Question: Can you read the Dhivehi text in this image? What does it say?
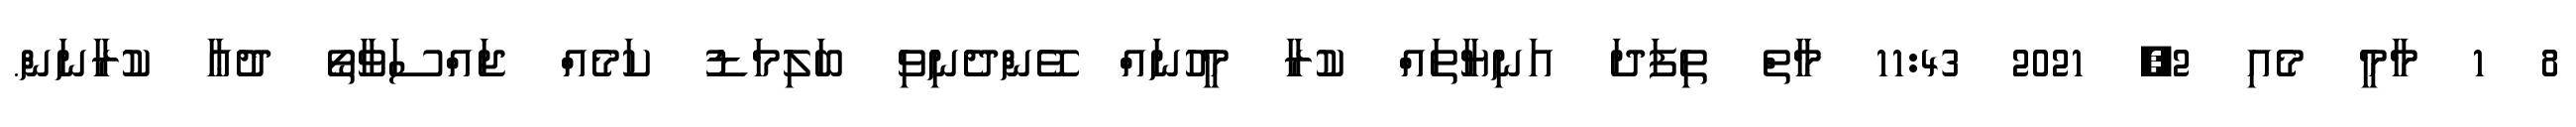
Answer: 8 1 މާމީ މެއި 2, 2021 11:43 މާތް ތިފަދަ އަނިޔާތައް ކުރާ މީހުނައް ވޭންދެނިވި ބަލިމަޑު ކަމެއް ޖައްސަވާތޯ ދުޢާ ކުރާނަން.